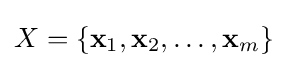
X=\{\mathbf {x} _{1},\mathbf {x} _{2},\ldots ,\mathbf {x} _{m}\}